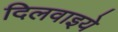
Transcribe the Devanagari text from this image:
दिलवाइये